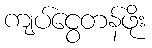
ကျပ်ငွေတန်ဖိုး